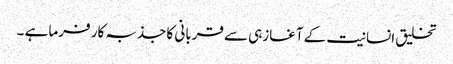
تخلیق انسانیت کے آغازہی سے قربانی کا جذبہ کار فرما ہے ۔